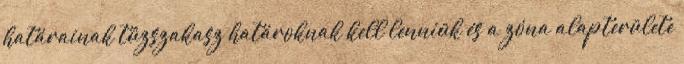
határainak tûzszakasz határoknak kell lenniük és a zóna alapterülete